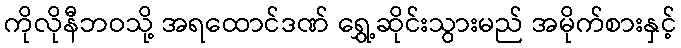
ကိုလိုနီဘဝသို့ အရထောင်ဒဏ် ရွှေ့ဆိုင်းသွားမည် အမိုက်စားနှင့်